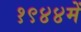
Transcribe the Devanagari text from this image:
१९४४में